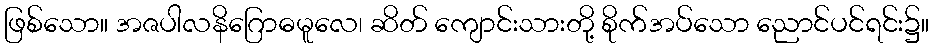
ဖြစ်သော။ အဇပါလနိဂြောဓမူလေ၊ ဆိတ် ကျောင်းသားတို့ စိုက်အပ်သော ညောင်ပင်ရင်း၌။